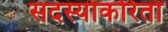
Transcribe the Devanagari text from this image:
सदस्याकरिता